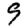
Digit: 9